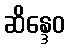
ဆိန္ဒေဝ